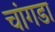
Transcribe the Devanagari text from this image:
चांगडा